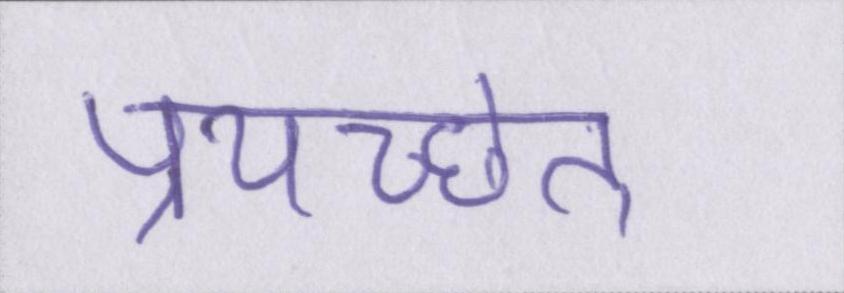
प्रयच्छेत्